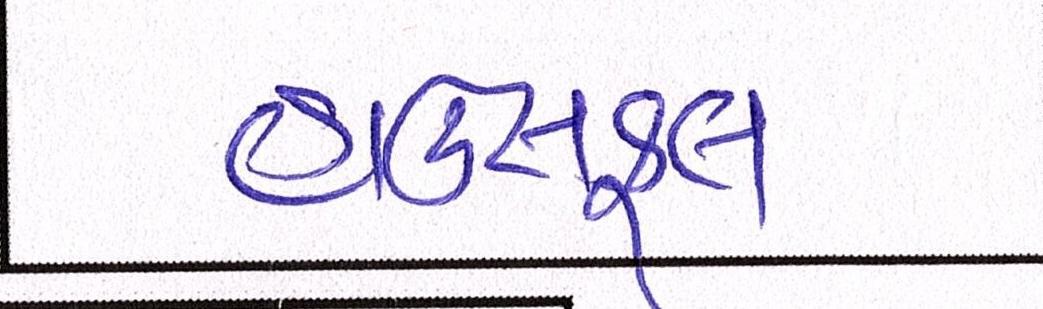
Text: હાઉસફૂલ